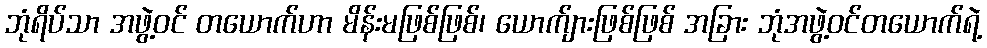
ဘုံရိပ်သာ အဖွဲ့ဝင် တယောက်ဟာ မိန်းမဖြစ်ဖြစ်၊ ယောက်ျားဖြစ်ဖြစ် အခြား ဘုံအဖွဲ့ဝင်တယောက်ရဲ့